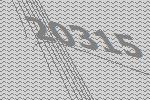
20315